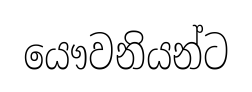
යෞවනියන්ට